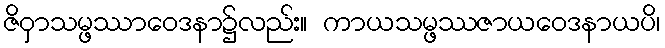
ဇိဝှာသမ္ဖဿာဝေဒနာ၌လည်း။ ကာယသမ္ဖဿဇာယဝေဒနာယပိ၊